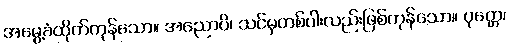
အမွေ့ခံထိုက်ကုန်သော။ အညောပိ၊ သင်မှတစ်ပါးလည်းဖြစ်ကုန်သော။ ပုတ္တေ၊